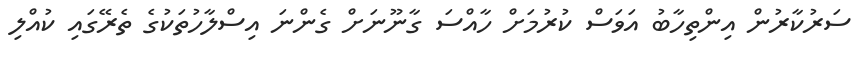
ސަރުކާރުން އިންތިހާބު އަވަސް ކުރުމަށް ހާއްސަ ގާނޫނަށް ގެންނަ އިސްލާހުތަކުގެ ތެރޭގައި ކުއްލި